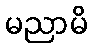
မညာမိ